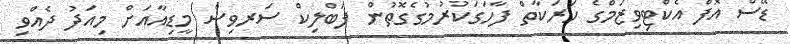
ޑޭސް އޮފް އެކްޓިވިޒަމްގެ ހަރަކާތް ފާހަގަކުރުމުގެގޮތުން ޕަބްލިކް ސަރވިސް މީޑިއާއަށް މިއަދު ދެއްވި